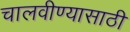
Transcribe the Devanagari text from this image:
चालवीण्यासाठी